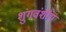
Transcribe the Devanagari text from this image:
शुंगवंशीय